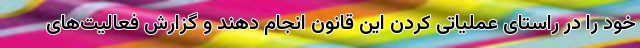
خود را در راستای عملیاتی کردن این قانون انجام دهند و گزارش فعالیت‌های